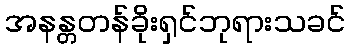
အနန္တတန်ခိုးရှင်ဘုရားသခင်